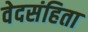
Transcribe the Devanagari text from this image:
वेदसंहिता